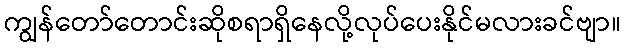
ကျွန်တော်တောင်းဆိုစရာရှိနေလို့လုပ်ပေးနိုင်မလားခင်ဗျာ။